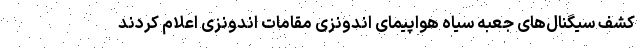
کشف سیگنال‌های جعبه سیاه هواپیمای اندونزی مقامات اندونزی اعلام کردند